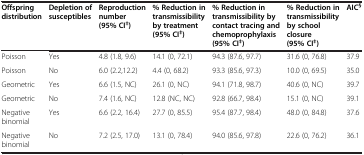
<table><thead><tr><td><b>Offspring distribution</b></td><td><b>Depletion of susceptibles</b></td><td><b>Reproduction number (95% CI<sup>‡</sup>)</b></td><td><b>% Reduction in transmissibility by treatment (95% CI<sup>‡</sup>)</b></td><td><b>% Reduction in transmissibility by contact tracing and chemoprophylaxis (95% CI<sup>‡</sup>)</b></td><td><b>% Reduction in transmissibility by school closure (95% CI<sup>‡</sup>)</b></td><td><b>AIC<sup>§</sup></b></td></tr></thead><tbody><tr><td>Poisson</td><td>Yes</td><td>4.8 (1.8, 9.6)</td><td>14.1 (0, 72.1)</td><td>94.3 (87.6, 97.7)</td><td>31.6 (0, 76.8)</td><td>37.9</td></tr><tr><td>Poisson</td><td>No</td><td>6.0 (2.2,12.2)</td><td>4.4 (0, 68.2)</td><td>93.3 (85.6, 97.3)</td><td>10.0 (0, 69.5)</td><td>35.0</td></tr><tr><td>Geometric</td><td>Yes</td><td>6.6 (1.5, NC)</td><td>26.1 (0, NC)</td><td>94.1 (71.8, 98.7)</td><td>40.6 (0, NC)</td><td>39.7</td></tr><tr><td>Geometric</td><td>No</td><td>7.4 (1.6, NC)</td><td>12.8 (NC, NC)</td><td>92.8 (66.7, 98.4)</td><td>15.1 (0, NC)</td><td>39.1</td></tr><tr><td>Negative binomial</td><td>Yes</td><td>6.6 (2.2, 16.4)</td><td>27.7 (0, 85.5)</td><td>95.4 (87.7, 98.4)</td><td>48.0 (0, 84.8)</td><td>37.6</td></tr><tr><td>Negative binomial</td><td>No</td><td>7.2 (2.5, 17.0)</td><td>13.1 (0, 78.4)</td><td>94.0 (85.6, 97.8)</td><td>22.6 (0, 76.2)</td><td>36.1</td></tr></tbody></table>